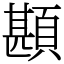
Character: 䫖